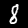
Label: 8